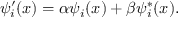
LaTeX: \psi _ { i } ^ { \prime } ( x ) = \alpha \psi _ { i } ( x ) + \beta \psi _ { i } ^ { * } ( x ) .